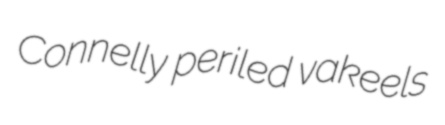
Connelly periled vakeels